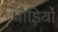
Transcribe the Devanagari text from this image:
पौड़ियों